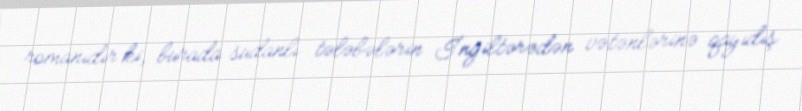
romanıdır ki, burada sudanlı tələbələrin İngiltərədən vətənlərinə qayıdış